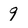
Character: 9